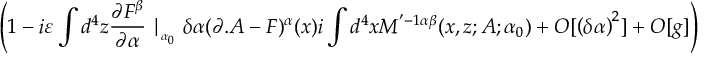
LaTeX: \left( 1 - i \varepsilon \int d ^ { 4 } z \frac { \partial F ^ { \beta } } { \partial \alpha } \mid _ { _ { \alpha _ { 0 } } } \delta \alpha ( \partial . A - F ) ^ { \alpha } ( x ) i \int d ^ { 4 } x M ^ { ' - 1 \alpha \beta } ( x , z ; A ; \alpha _ { 0 } ) + O [ \left( \delta \alpha \right) ^ { 2 } ] + O [ g ] \right)